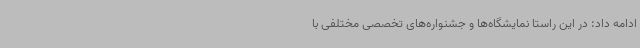
ادامه داد: در این راستا نمایشگاه‌ها و جشنواره‌های تخصصی مختلفی با